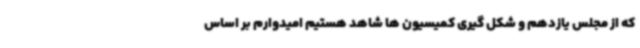
که از مجلس یازدهم و شکل گیری کمیسیون ها شاهد هستیم امیدوارم بر اساس